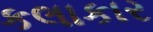
કલાકાર